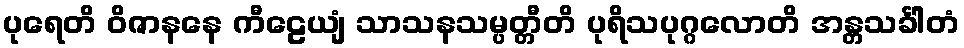
ပုရေတိ ဝိဇာနနေ ကီဠေယျံ သာသနသမ္ပတ္တီတိ ပုရိသပုဂ္ဂလောတိ အန္တသင်္ခါတံ